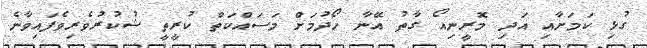
ގުޅި ކަމަށާއި އަދި މޮރީނިއޯ ގާތު އޭނާ ހޯދުމަށް މަސައްކަތް ކުރީތީ ޝުކުރުވެރިވެފައިވާނެ